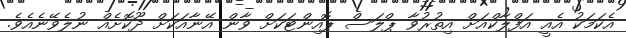
އެކަމަކު އެއީ އަފްލާކްއަށް އިތުރުވާ ޕްލަސް ޕޮއިންޓަކަށް ވާން އޭނާއަކަށް ދޫކޮށެއް ނުލެވޭނެއެވެ.